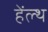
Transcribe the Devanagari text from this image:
हेंल्थ